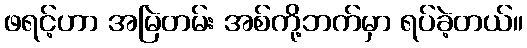
ဖရင့်ဟာ အမြဲတမ်း အစ်ကို့ဘက်မှာ ရပ်ခဲ့တယ်။